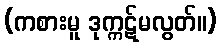
(ကစားမူ ဒုက္ကဋ်မလွတ်။)